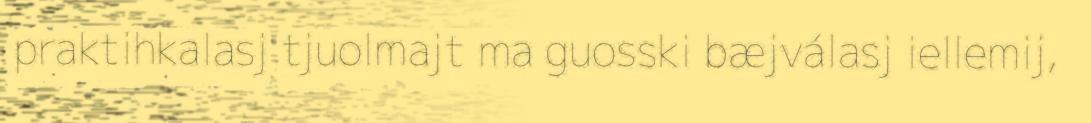
praktihkalasj tjuolmajt ma guosski bæjválasj iellemij,